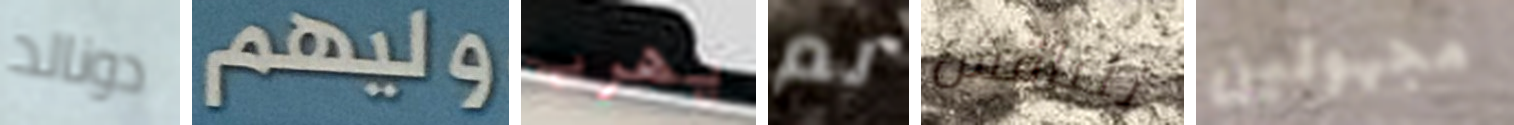
دونالد وليهم يهرب لم لنناقش مجهولين